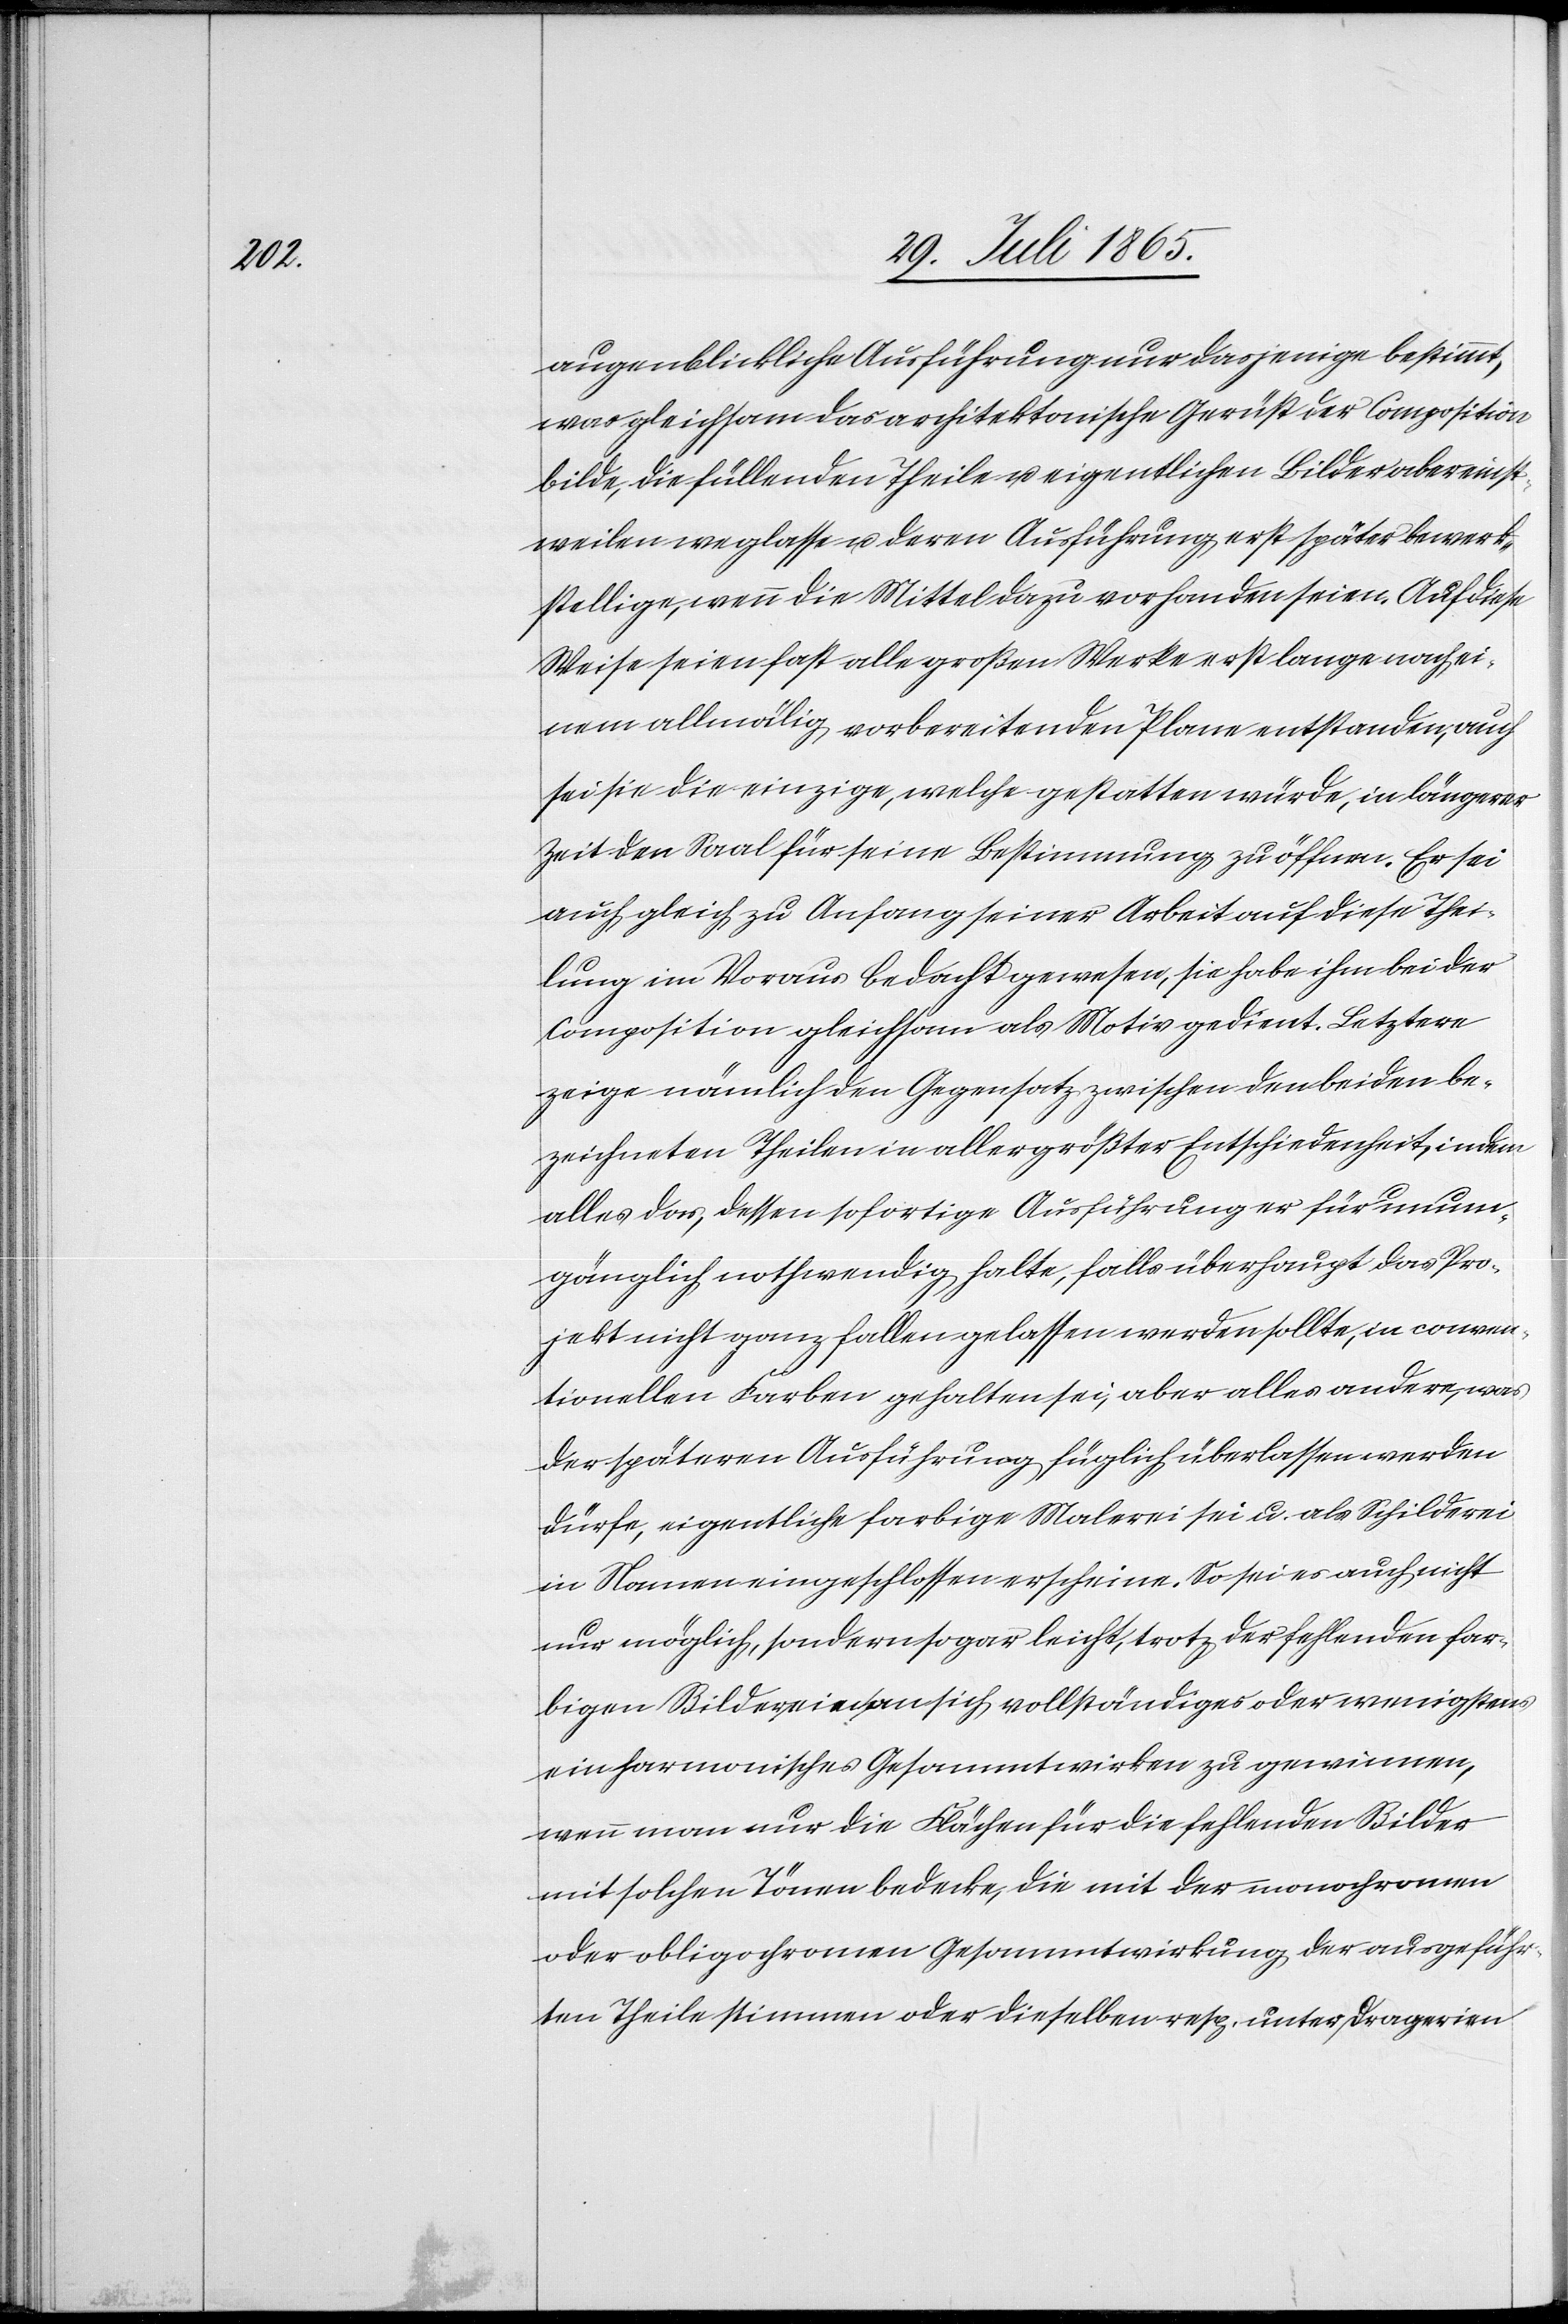
augenblickliche Ausführung nur dasjenige bestimmt,
was gleichsam das architektonische Gerüst der Composition
bilde, die füllenden Theile u. eigentlichen Bilder aber einst¬
weilen weglasse u. deren Ausführung erst später bewerk¬
stellige, wenn die Mittel dazu vorhanden seien. Auf diese
Weise seien fast alle großen Werke erst lange nach ei¬
nem allmälig vorbereitenden Plane entstanden, auch
sei sie die einzige, welche gestatten würde, in längerer
Zeit den Saal für seine Bestimmung zu öffnen. Er sei
auch gleich zu Anfang seiner Arbeit auf diese Thei¬
lung im Voraus bedacht gewesen, sie habe ihm bei der
Composition gleichsam als Motiv gedient. Letztere
zeige nämlich den Gegensatz zwischen den beiden be¬
zeichneten Theilen in allergrößter Entschiedenheit, indem
alles das, dessen sofortige Ausführung er für unum¬
gänglich nothwendig halte, falls überhaupt das Pro¬
jekt nicht ganz fallen gelassen werden sollte, in conven¬
tionellen Farben gehalten sei, aber alles andere, was
der späteren Ausführung füglich überlassen werden
dürfe, eigentliche farbige Malerei sei u. als Schilderei
in Namen eingeschlossen erscheine. So sei es auch nicht
nur möglich, sondern sogar leicht, trotz der fehlenden far¬
bigen Bilder ein an sich vollständiges oder wenigstens
ein harmonisches Gesammtwirken zu gewinnen,
wenn man nur die Flächen für die fehlenden Bilder
mit solchen Tönen bedecke, die mit der monochromen
oder obligochromen Gesammtwirkung der ausgeführ¬
ten Theile stimmen oder dieselben resp. unter Draperien